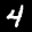
Label: 4